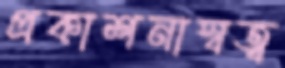
প্রকাশনাস্বত্ব